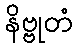
နိဗ္ဗုတံ